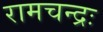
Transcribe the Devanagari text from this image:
रामचन्द्रः